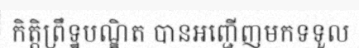
កិត្តិព្រឹទ្ឋបណ្ឌិត បានអញ្ជើញមកទទួល